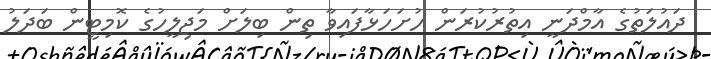
ދައުލަތުގެ އާމްދަނީ އިތުރުކުރަން ހުށަހަޅާފައިވާ ތިން ބިލަށް މަޖިލީހުގެ ކޮމިޓީން ބަދަލު